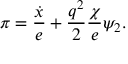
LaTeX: \pi = { \frac { \dot { x } } { e } } + { \frac { q ^ { 2 } } { 2 } } { \frac { \chi } { e } } \psi _ { 2 } .